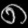
Digit: ၈